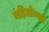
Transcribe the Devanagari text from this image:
महिलोन्नती